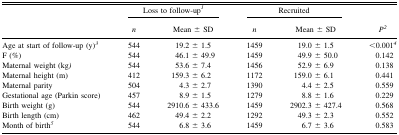
|  | <COLSPAN=2> Loss to follow-up1 | <COLSPAN=2> Recruited |  |
 |  | n | Mean ± SD | n | Mean ± SD | 2 |
 | --- | --- | --- | --- | --- | --- |
 | Age at start of follow-up (y)3 | 544 | 19.2 ± 1.5 | 1459 | 19.0 ± 1.5 | <0.0014 |
 | F (%) | 544 | 46.1 ± 49.9 | 1459 | 49.9 ± 50.0 | 0.142 |
 | Maternal weight (kg) | 544 | 53.6 ± 7.4 | 1456 | 52.9 ± 6.9 | 0.138 |
 | Maternal height (m) | 412 | 159.3 ± 6.2 | 1172 | 159.0 ± 6.1 | 0.441 |
 | Maternal parity | 504 | 4.3 ± 2.7 | 1390 | 4.4 ± 2.5 | 0.559 |
 | Gestational age (Parkin score) | 457 | 8.9 ± 1.5 | 1279 | 8.8 ± 1.6 | 0.229 |
 | Birth weight (g) | 544 | 2910.6 ± 433.6 | 1459 | 2902.3 ± 427.4 | 0.568 |
 | Birth length (cm) | 462 | 49.4 ± 2.2 | 1292 | 49.3 ± 2.3 | 0.552 |
 | Month of birth5 | 544 | 6.8 ± 3.6 | 1459 | 6.7 ± 3.6 | 0.583 |